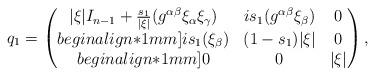
LaTeX: \begin{align*} q_1= \begin{pmatrix} |\xi|I_{n-1} + \frac{s_{1}}{|\xi|} (g^{\alpha\beta}\xi_\alpha\xi_\gamma) & i s_{1} (g^{\alpha\beta}\xi_\beta) & 0\\begin{align*}1mm] i s_{1} (\xi_\beta) & (1-s_{1})|\xi| & 0\\begin{align*}1mm] 0 & 0 & |\xi| \end{pmatrix}, \end{align*}